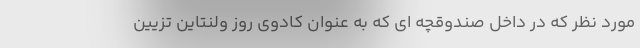
مورد نظر که در داخل صندوقچه ای که به عنوان کادوی روز ولنتاین تزیین